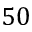
5 0